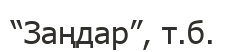
“Заңдар”, т.б.